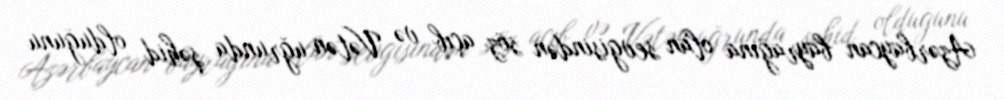
Azərbaycan bayrağına olan sevgisindən söz açıb və Vətən uğrunda şəhid olduğunu